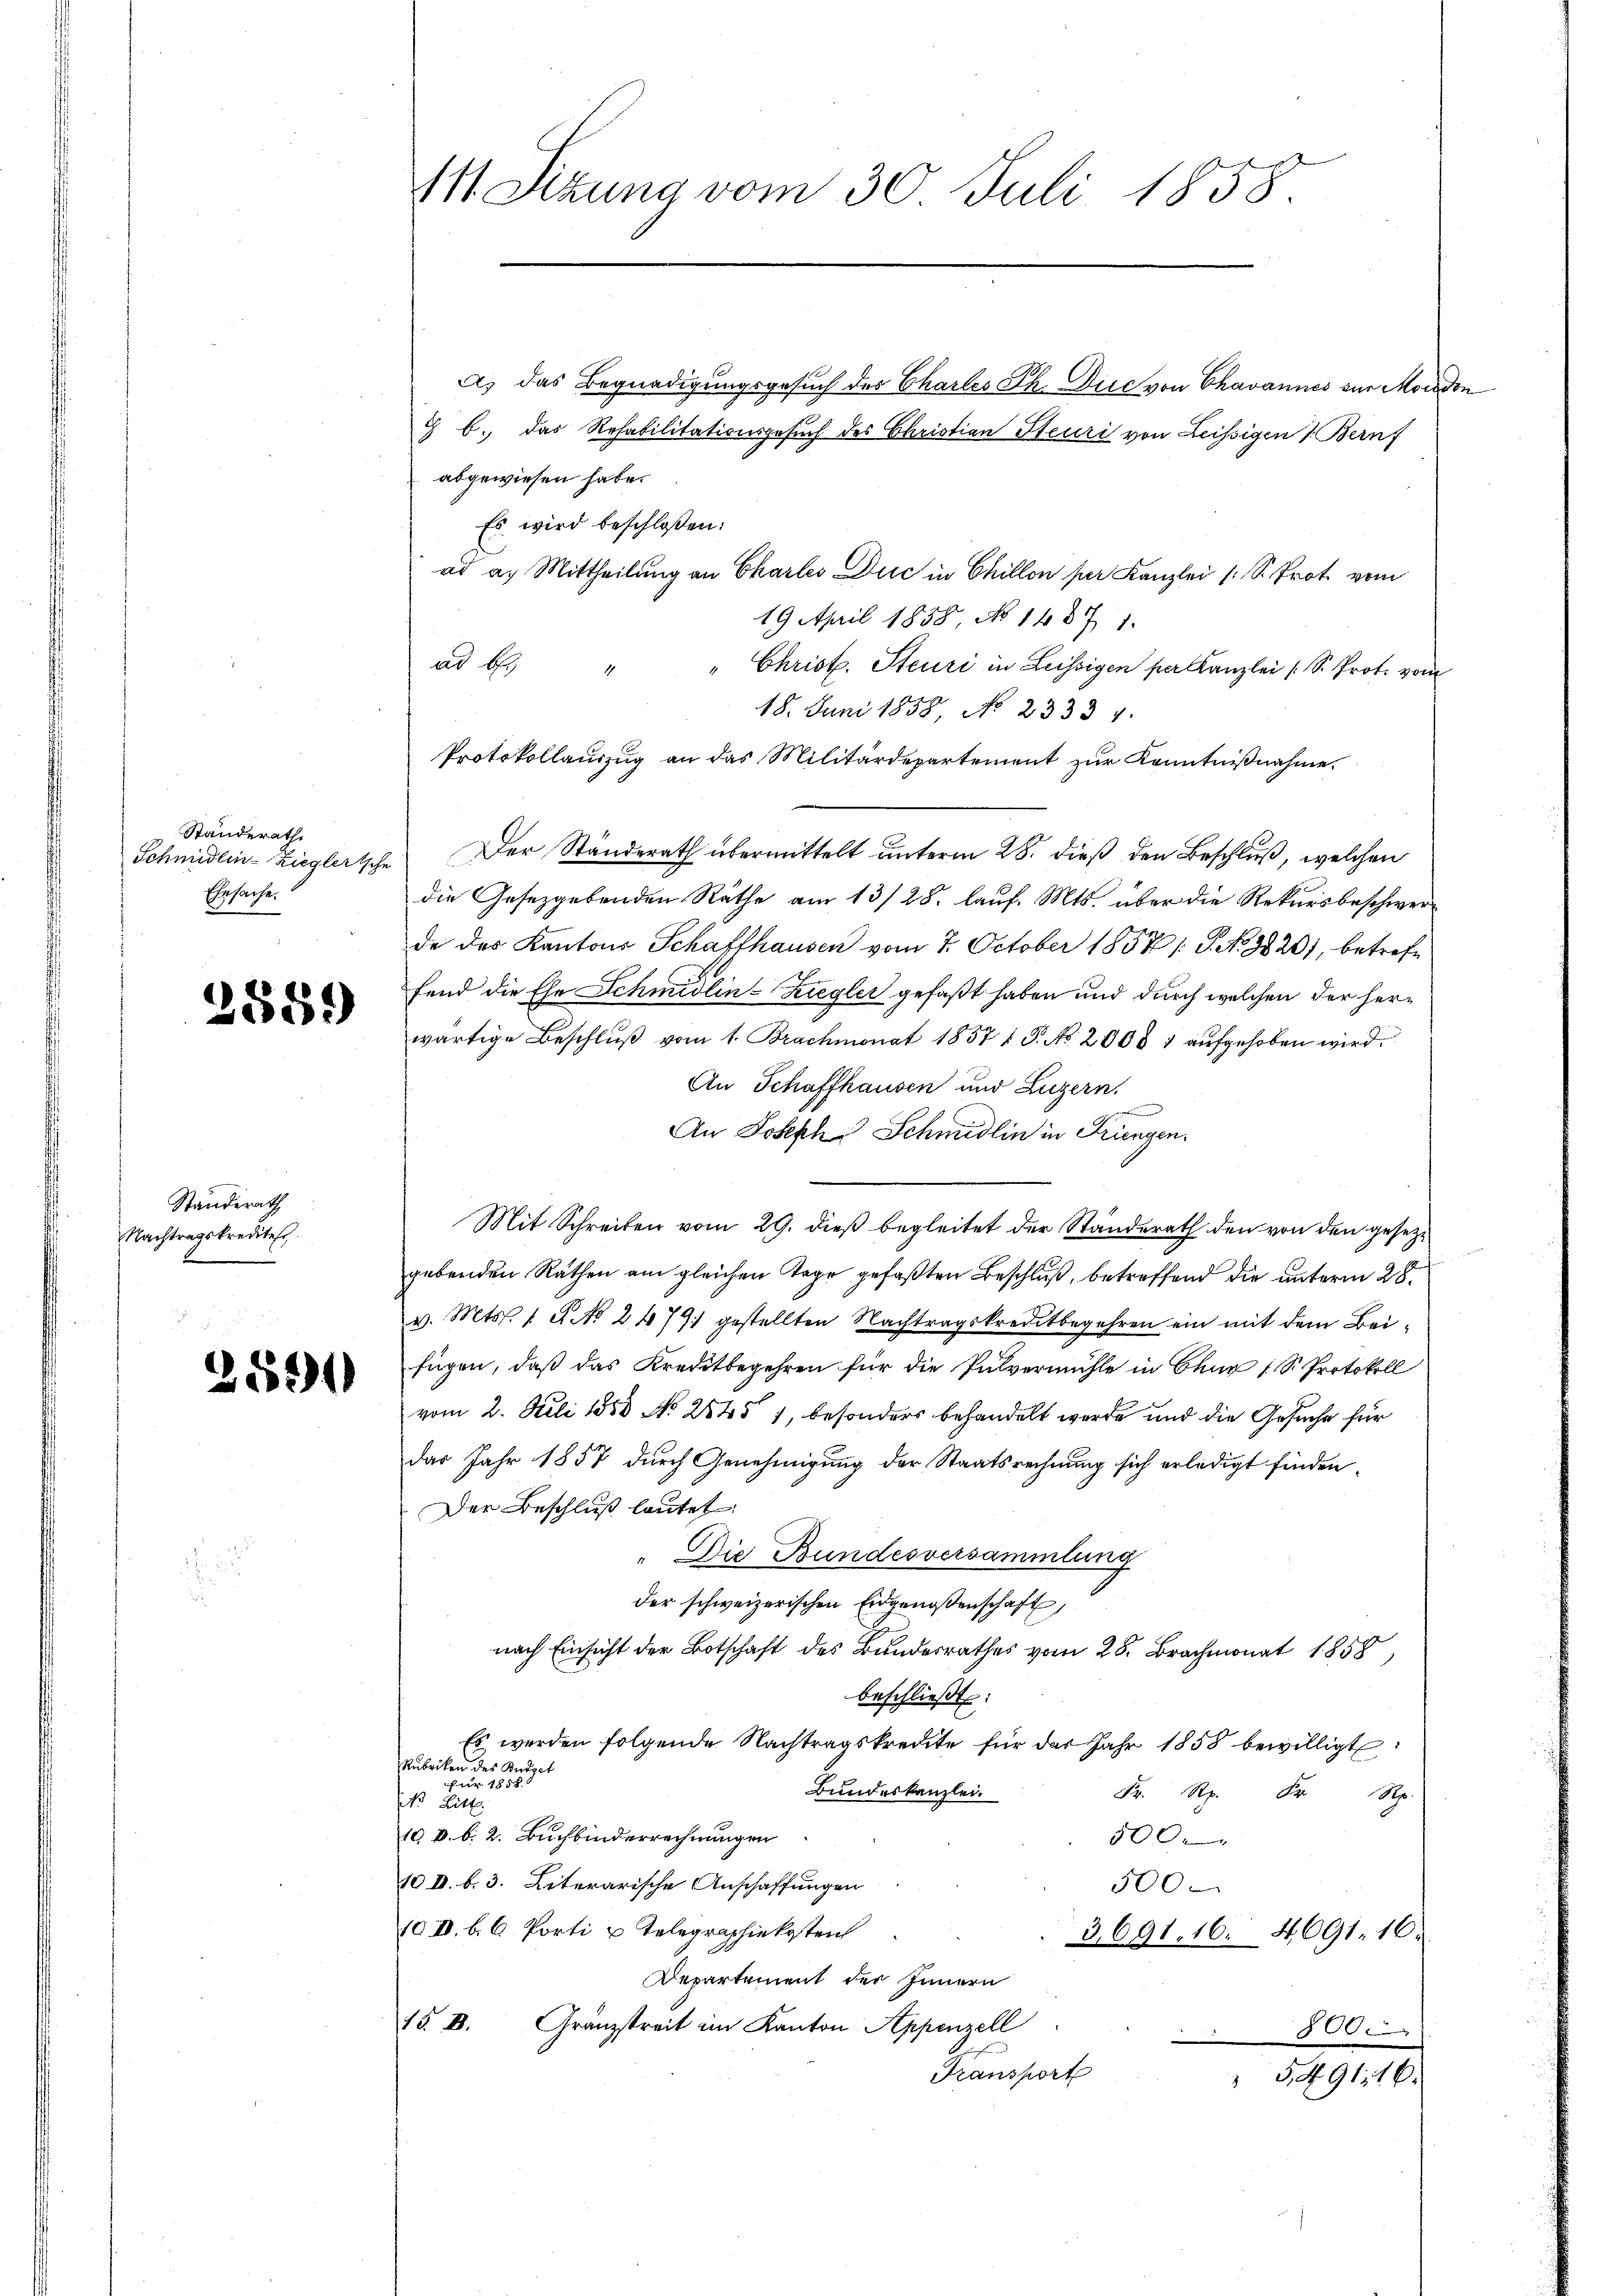
Ständerathe
Ehrsache.

Standerath
Nachtragskredites
e

2559)

2591

111. Sizung vom 30. Juli 1858.

ad bes

a) das Begnadigungsgesuch des Charles Ph. Die von Chavannes zur Mordon
G b. das Rehabilitationsgesŭch des Christian Steuri von Leissigen 1. Bernf

abgewiesen habe.
Es wird beschloßen:
ad a. Mittheilung an Charles Dic in Chillon per Kanzlei (S. Prot. vom
19. April 1858, No 1487 1.
Christ. Steuri in Leissigen per Kanzlei (S. Prot. vom
18. Juni 1858, No 23334.
Protokollauszug an das Militärdepartement zur Kenntnißnahme
Schmidlin-Zieglertsche Der Ständerath übermittelt unterm 28. dieß den Beschluß, welchen
die Gesetzgebenden Räthe am 13/28. lauf. Mts. über die Rekursbeschwerde des Kantons Schaffhausen vom 7. October 1857 /: P. No 9820), betreffend die Ehe Schmidlin-Ziegler gefaßt haben und durch welchen der herwärtige Beschlŭβ vom 1. Brachmonat 1857 u. P. No. 2008 1 aufgehoben wird.
An Schaffhausen und Luzern.
An Joseph Schmidlin in Tringen.
Mit Schreiben vom 29. dieß begleitet der Standerath den von den gesezgebenden Räthen am gleichen Tage gefaßten Beschluß, betreffend die unterm 28.
v. Mts. 1. A NNo. 2479) gestellten Nachtragskreditbegehren ein mit dem Beifügen, daß das Kreditbegehren für die Pulvermühle in Chur 1 S. Protokoll
vom 2. Juli 1888 No 25451, besonders behandelt werde und die Gesuche für
das Jahr 1857 durch Genehmigung der Staatsrechnung sich erledigt finden.
Der Beschluß lautet:
 Die Bundesversammlung
der schweizerischen Eidgenoßenschaft,
nach Einsicht der Botschaft des Bundesrathes vom 28. Brachmonat 1858,
beschließt:
Es werden folgende Nachtragskredite für das Jahr 1858 bewilligt
Rubriken des Budget
far 1817
Bundeskanzlei.
F. Rp. 5 Rp.
s Ritte
19. d. b. 2. Buchbinderrechnungen
5000
10 I. b. 3. Literarische Anschaffungen
500
jo II. b. 6 Porti u Telegraphiekosten
3691. 16. 4691. 16.
Departement der Innern
15. I. Gränzstreit im Kanton Appenzell
r
Transport
5491,16.